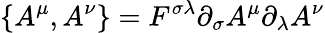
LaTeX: \{ A^{\mu},A^{\nu}\} =F^{\sigma\lambda}\partial_{\sigma}A^{\mu}\partial_{\lambda}A^{\nu}